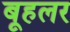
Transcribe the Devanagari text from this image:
बूहलर